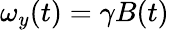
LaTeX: \omega_{y}(t)=\gamma B(t)